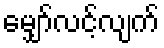
မျှော်လင့်လျက်